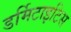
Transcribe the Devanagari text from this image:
डर्मिटाइटिस